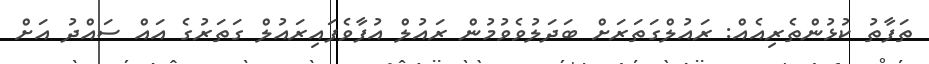
ތަފާތު ކުޅުންތެރިއެއް: ރައުލްގަތަރަށް ބަދަލުވެވުމުން ރައުލް އުފާވެފައިރައުލް ގަތަރުގެ އައް ސައްދު އަށް